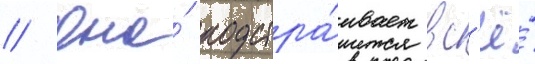
// Она́ подстра́ивает вс'ё́